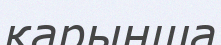
қарынша